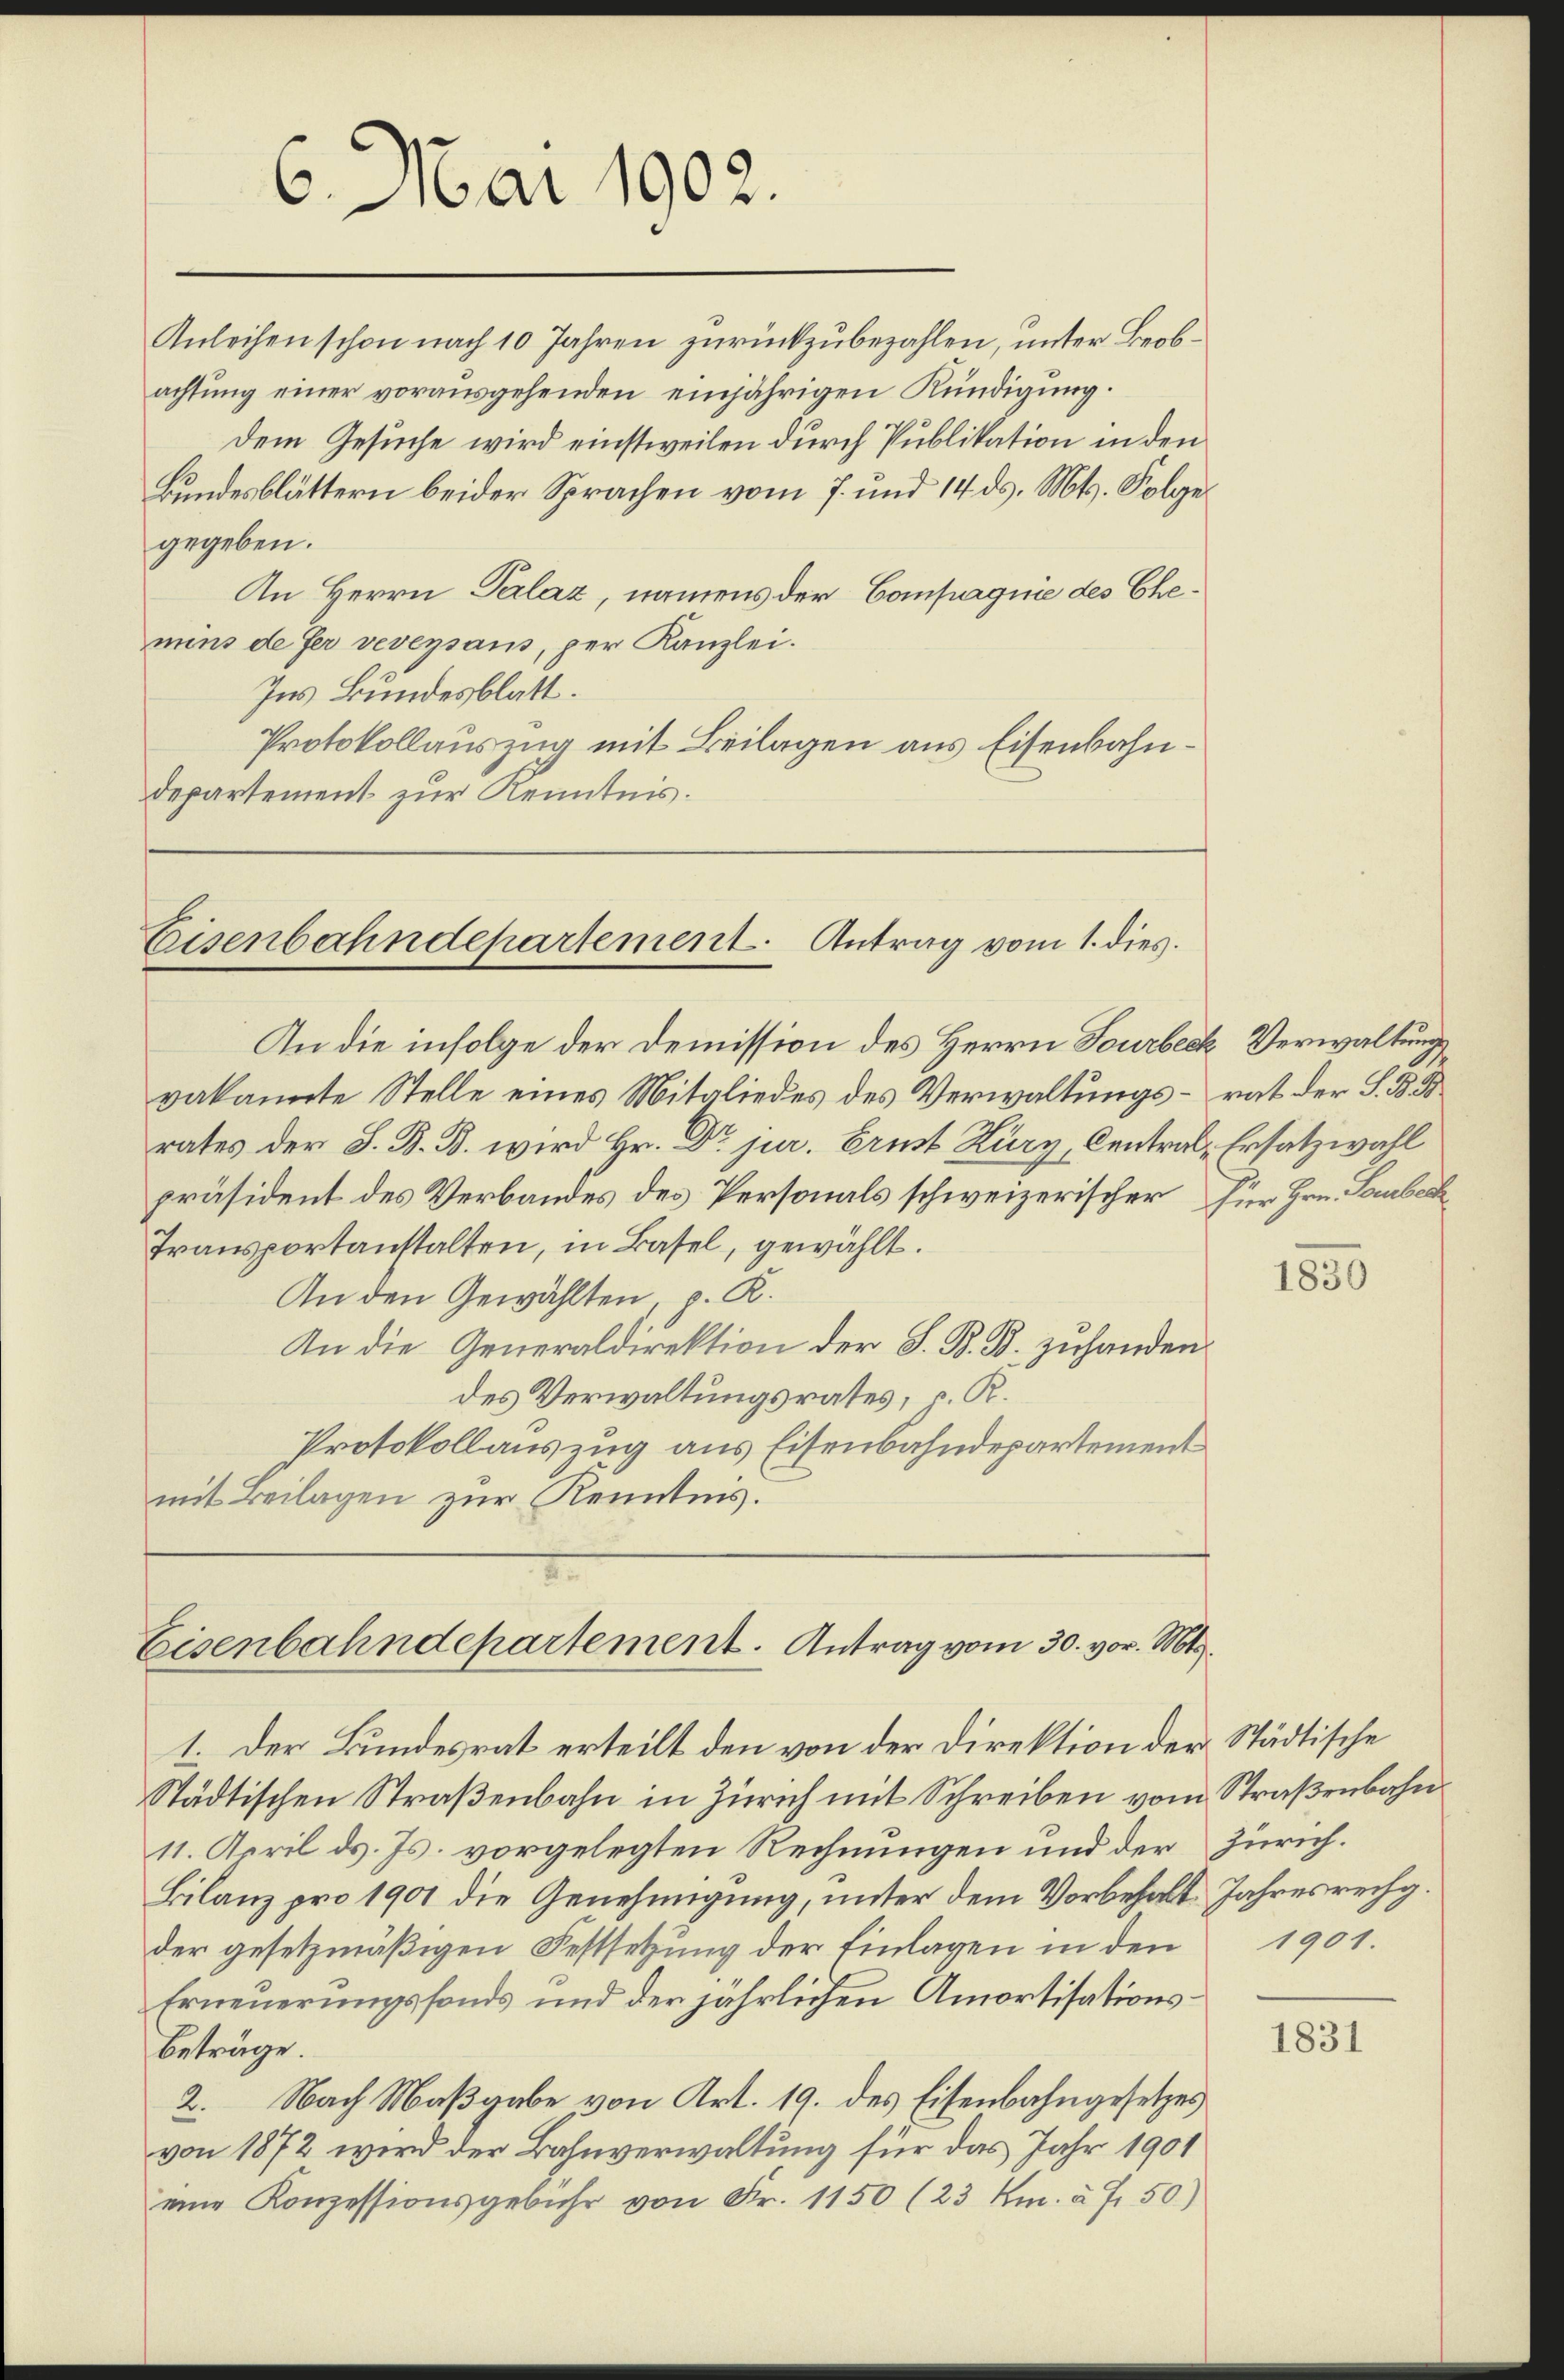
Anleihen schon nach 10 Jahren zurückzubezahlen, unter Beobachtung einer vorausgehenden einjährigen Kündigung.
dem Gesuche wird einstweilen durch Publikation in den
Bundesblättern beider Sprachen vom 7. und 14 ds. Mts. Folge
gegeben.
An Herrn Palaz, namens der Compagnie des Ehemins de ser veversans, per Kanzlei.
Ins Bundesblatt.
Protokollauszug mit Beilagen aus Eisenbahndepartement zur Kenntnis.

6. Mai 1902.

Eisenbahndepartement. Antrag vom 1. dies.

An die infolge der Demission des Herrn Fourbeck Verwaltungsvakannte Stelle eines Mitgliedes des Verwaltungs- rat der S. B.
rates der S. B. B. wird Hr. Dr jur. Ernst Kury, Central- Ersatzwahl
präsident des Verbandes des Personals schweizerischer für Hrn. Laubeck
Transportanstalten, in Basel, gewählt.
An den Gewählten, p. R.
An die Generaldirektion der S. B. B. zuhanden.
des Verwaltungsrates, p. K.
Protokollauszug aus Eisenbahndepartement
mit Beilagen zur Kenntnis.

Eisenbahndepartement. Antrag vom 30. vor. Mts.

1. Der Bundesrat erteilt den von der Direktion der Städtische
Städtischen Straßenbahn in Zürich mit Schreiben vom Straßenbahn¬
11. April ds. Js. vorgelegten Rechnungen und der Zürich.
Bilanz pro 1901 die Genehmigung, unter dem Vorbehalt Jahresrechg.
der gesetzmäßigen Festsetzung der Einlagen in den 1901.
Erneuerungsfonds und der jährlichen Amortisationsbeträge.
2. Nach Maßgabe von Art. 19. des Eisenbahngesetzes
von 1872 wird der Bahnverwaltung für das Jahr 1901
eine Konzessionsgebühr von Fr. 1150 (23 Km. à Fr. 50)

1830

1831